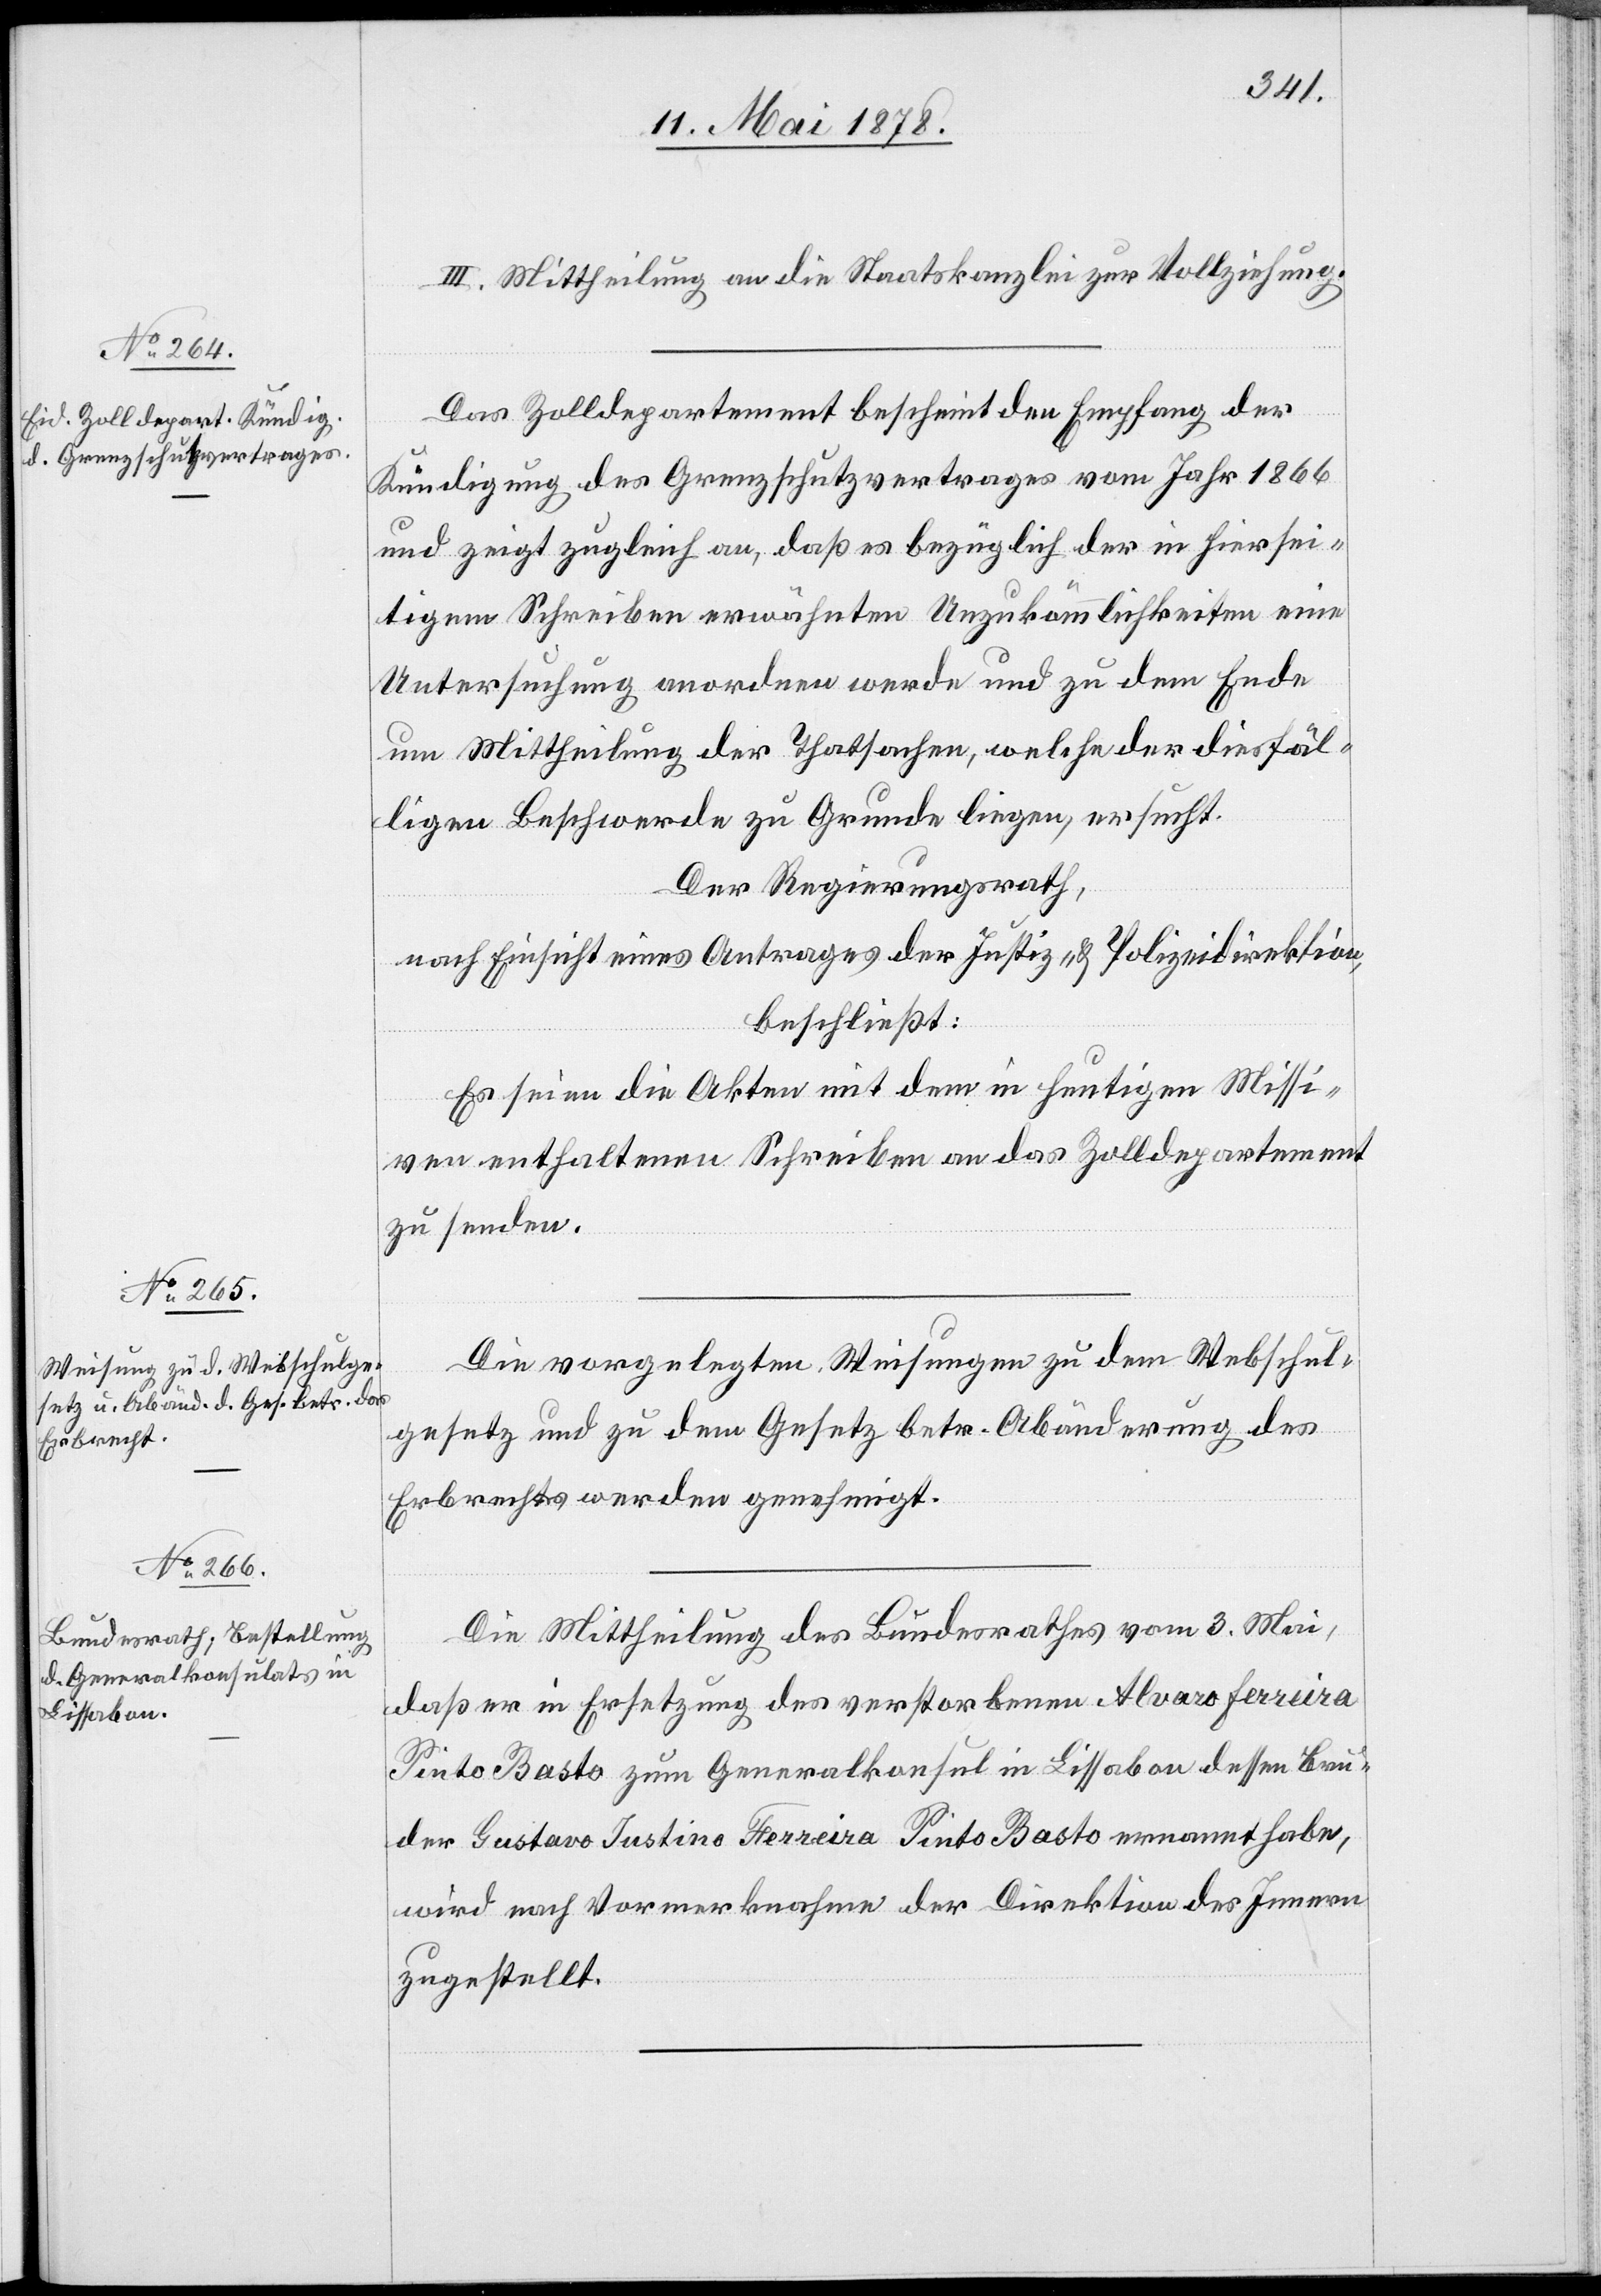
III. Mittheilung an die Staatskanzlei zur Vollziehung.
Das Zolldepartement bescheint den Empfang der
Kündigung des Grenzschutzvertrages vom Jahr 1866
und zeigt zugleich an, daß es bezüglich der in hiersei¬
tigem Schreiben erwähnten Unzukömmlichkeiten eine
Untersuchung anordnen werde und zu dem Ende
um Mittheilung der Thatsachen, welche der diesfäl¬
ligen Beschwerde zu Grunde liegen, ersucht.
Der Regierungsrath,
nach Einsicht eines Antrages der Justiz- & Polizeidirektion,
beschließt:
Es seien die Akten mit dem in heutigen Missi¬
ven enthaltenen Schreiben an das Zolldepartement
zu senden.
Die vorgelegten Weisungen zu dem Webschul¬
gesetz und zu dem Gesetz betr. Abänderung des
Erbrechtes werden genehmigt.
Die Mittheilung des Bundesrathes vom 3. Mai,
daß er in Ersetzung des verstorbenen Alvaro Ferreira
Pinto Basto zum Generalkonsul in Lissabon dessen Bru¬
der Gustavo Justino Ferreira Pinto Basto ernannt habe,
wird nach Vormerknahme der Direktion des Innern
zugestellt.